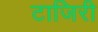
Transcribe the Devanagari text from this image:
टाजिरी